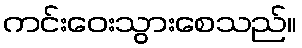
ကင်းဝေးသွားစေသည်။